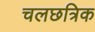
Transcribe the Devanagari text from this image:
चलछत्रिक